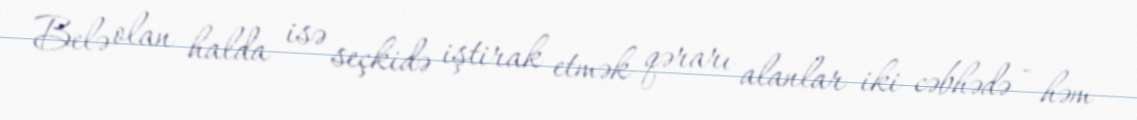
Belə olan halda isə seçkidə iştirak etmək qərarı alanlar iki cəbhədə - həm